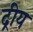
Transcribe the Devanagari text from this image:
द्रीय